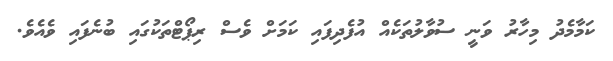
ކަމާމެދު މިހާރު ވަނީ ސުވާލުތަކެއް އުފެދިފައި ކަމަށް ވެސް ރިޕޯޓްތަކުގައި ބުނެފައި ވެއެވެ.